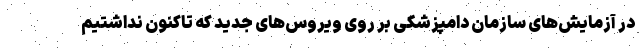
در آزمایش‌های سازمان دامپزشکی بر روی ویروس‌های جدید که تاکنون نداشتیم